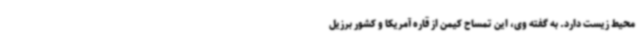
محیط زیست دارد. به گفته وی، این تمساح کیمن از قاره آمریکا و کشور برزیل